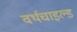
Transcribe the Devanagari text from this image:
वर्थचाइल्ड